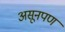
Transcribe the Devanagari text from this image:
असूनपण